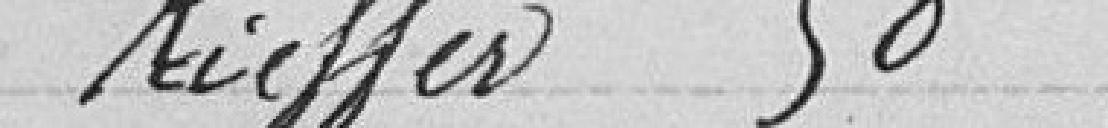
Kieffer  50